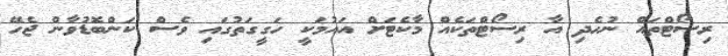
ރިސޯޓްތައް ނުހެދި އާ ރިސޯޓްތަކެއް މާކެޓަށް އައުމަކީ ހަގީގަތުގައި ވެސް ކަންބޮޑުވާން ޖެހޭ